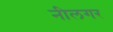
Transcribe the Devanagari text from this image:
नीलगर